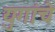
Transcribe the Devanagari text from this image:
युगांचे